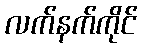
လက်နက်ကိုင်